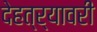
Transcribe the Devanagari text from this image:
देहत्र्यावरीं